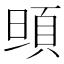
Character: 𩑰